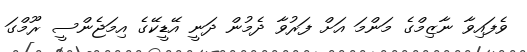
ވެފައިވާ ނާޒިމްގެ މަންމަ އަށް ފަރުވާ ދެމުން ދަނީ އޭޑީކޭގެ އިމަޖެންސީ ރޫމްގަ